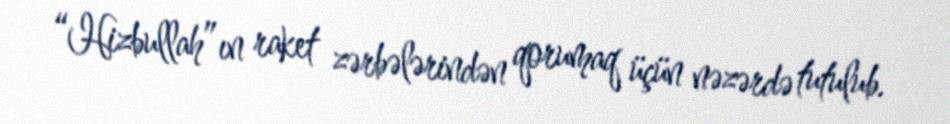
“Hizbullah”ın raket zərbələrindən qorumaq üçün nəzərdə tutulub.